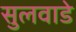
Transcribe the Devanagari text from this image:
सुलवाडे